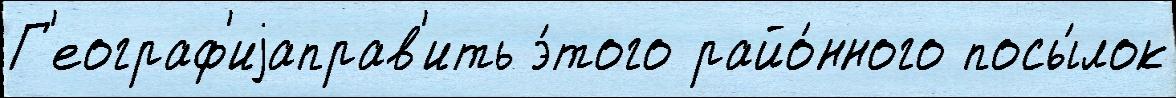
Г'еограф'иjаправ'ить э́того райо́нного посы́лок